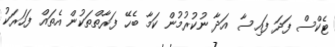
ޓެކްސް ފަދަ ފައިސާ އަދާ ނުކުރުމުން ކަމާ ބެހޭ ފަރާތްތަކުން އެތައް ފަހަރަކު